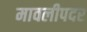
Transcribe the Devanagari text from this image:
मावलीपदर